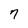
Character: 7